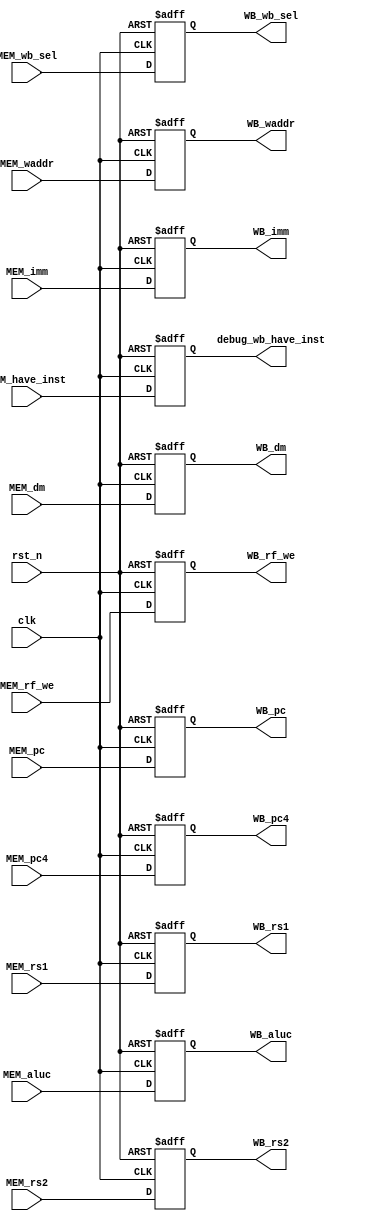
`timescale 1ns / 1ps
//////////////////////////////////////////////////////////////////////////////////
// Company: 
// Engineer: 
// 
// Design Name: 
// Module Name: pr_MEM_WB
// Project Name: 
// Target Devices: 
// Tool Versions: 
// Description: 
// 
// Dependencies: 
// 
// Revision:
// Revision 0.01 - File Created
// Additional Comments:
// 
//////////////////////////////////////////////////////////////////////////////////


module pr_MEM_WB(
    input wire clk,
    input wire rst_n,
    input wire [1:0] MEM_wb_sel,  
    input wire MEM_rf_we,
    input wire [4:0] MEM_waddr,
    input wire [4:0] MEM_rs1,
    input wire [4:0] MEM_rs2,
    input wire [31:0] MEM_dm,
    input wire [31:0] MEM_aluc,

    output reg [1:0] WB_wb_sel,
    output reg WB_rf_we,
    output reg [4:0] WB_waddr,
    output reg [4:0] WB_rs1,
    output reg [4:0] WB_rs2,
    output reg [31:0] WB_dm,

    input wire [31:0] MEM_pc,
    input wire [31:0] MEM_pc4,
    input wire [31:0] MEM_imm,
    output reg [31:0] WB_pc,
    output reg [31:0] WB_pc4,
    output reg [31:0] WB_imm,
    output reg [31:0] WB_aluc,

    input wire MEM_have_inst,
    output reg debug_wb_have_inst
    );

always @ (posedge clk or negedge rst_n) begin
    if(~ rst_n) WB_aluc <= 32'b0;
    else WB_aluc <= MEM_aluc;
end


always @ (posedge clk or negedge rst_n) begin
    if(~ rst_n) debug_wb_have_inst <= 1'b0;
    else debug_wb_have_inst <= MEM_have_inst;
end

always @ (posedge clk or negedge rst_n) begin
    if(~ rst_n) WB_pc <= 32'b0;
    else WB_pc <= MEM_pc;
end

always @ (posedge clk or negedge rst_n) begin
    if(~ rst_n) WB_pc4 <= 32'b0;
    else WB_pc4 <= MEM_pc4;
end

always @ (posedge clk or negedge rst_n) begin
    if(~ rst_n) WB_imm <= 32'b0;
    else WB_imm <= MEM_imm;
end

always @ (posedge clk or negedge rst_n) begin
    if(~ rst_n) WB_dm <= 32'b0;
    else WB_dm <= MEM_dm;
end

always @ (posedge clk or negedge rst_n) begin
    if(~ rst_n) WB_wb_sel <= 2'b0;
    else WB_wb_sel <= MEM_wb_sel;
end

always @ (posedge clk or negedge rst_n) begin
    if(~ rst_n) WB_rf_we <= 1'b0;
    else WB_rf_we <= MEM_rf_we;
end

always @ (posedge clk or negedge rst_n) begin
    if(~ rst_n) WB_waddr <= 5'b0;
    else WB_waddr <= MEM_waddr;
end

always @ (posedge clk or negedge rst_n) begin
    if(~ rst_n) WB_rs1 <= 5'b0;
    else WB_rs1 <= MEM_rs1;
end

always @ (posedge clk or negedge rst_n) begin
    if(~ rst_n) WB_rs2 <= 5'b0;
    else WB_rs2 <= MEM_rs2;
end

endmodule